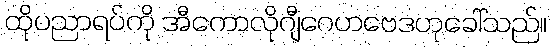
ထိုပညာရပ်ကို အီကောလိုဂျီဂေဟဗေဒဟုခေါ်သည်။